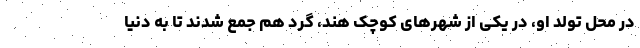
در محل تولد او، در یکی از شهرهای کوچک هند، گرد هم جمع شدند تا به دنیا